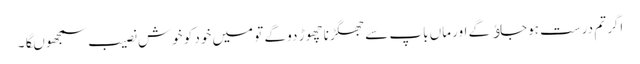
اگر تم درست ہوجاﺅگے اور ماں باپ سے جھگڑنا چھوڑ دو گے تو میں خود کو خوش نصیب سمجھوںگا۔